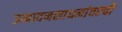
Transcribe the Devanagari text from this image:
उत्पादनसाधनांवरची